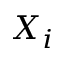
X _ { i }